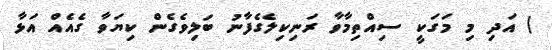
) އަދި މި މަގަކީ ސިއްތިމާވާ ރަނިކިލެގެފާނު ބަލިވެގެން ކިޔަވާ ގެއެއް އަޅާ